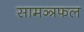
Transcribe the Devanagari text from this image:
सामञ्त्रफल